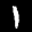
Label: 1